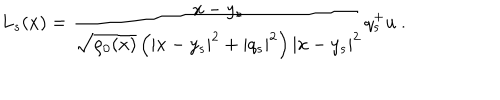
L _ { s } ( x ) = \frac { x - y _ { s } } { \sqrt { \rho _ { 0 } ( x ) } \left( | x - y _ { s } | ^ { 2 } + | q _ { s } | ^ { 2 } \right) | x - y _ { s } | ^ { 2 } } q _ { s } ^ { + } u ~ .